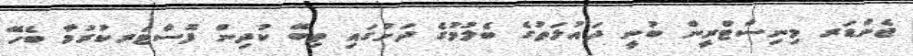
ޖެންޑަރ މިނިސްޓްރީން ބުނީ ދައުލަތުގެ ބެލުމުގެ ދަށުގައި ތިބޭ ކުދިން ފޮސްޓަރކުރުމާ ބެހޭ